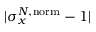
| \sigma _ { x } ^ { N , \mathrm { n o r m } } - 1 |